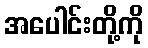
အပေါင်းတို့ကို